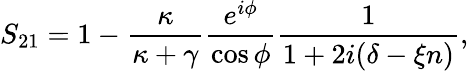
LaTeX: S_{21}=1-\frac{\kappa}{\kappa+\gamma}\frac{e^{i\phi}}{\cos{\phi}}\frac{1}{1+2i(\delta-\xi n)},